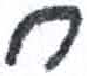
אות: ח